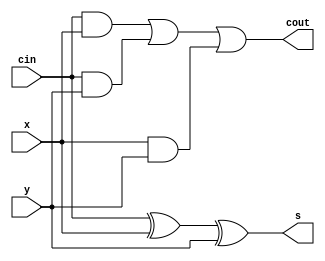
module lab4full(x,y,cin,s,cout);
input x,y,cin;
output s,cout;
assign s = cin^x^y;
assign cout=cin&x | cin&y | x&y;
endmodule